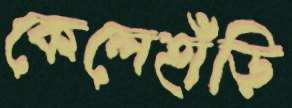
কেলেহাঁড়ি